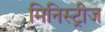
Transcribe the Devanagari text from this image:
मिनिस्ट्रीज